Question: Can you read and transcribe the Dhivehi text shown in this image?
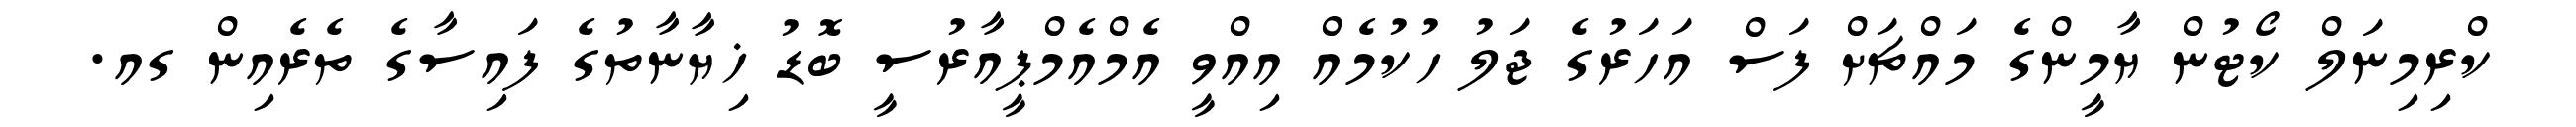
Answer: ކްރިމިނަލް ކޯޓުން ޔާމީންގެ މައްޗަށް ފަސް އަހަރުގެ ޖަލު ހުކުމެއް އިއްވީ އެމްއެމްޕީއާރުސީ ބޮޑު ޚިޔާނާތުގެ ފައިސާގެ ތެރެއިން ގއ.